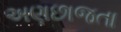
અણછાજતા